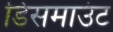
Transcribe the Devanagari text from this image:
डिसमाउंट